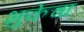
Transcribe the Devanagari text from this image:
भुकेचा